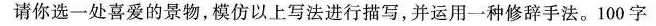
请你选一处喜爱的景物，模仿以上写法进行描写，并运用一种修辞手法。100字